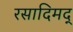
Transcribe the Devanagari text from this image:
रसादिमद्